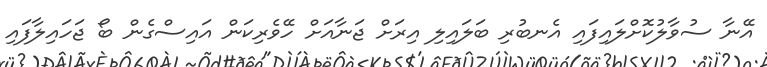
އޭނާ ސުވާލުކޮށްލައިފައި އެނބުރި ބަލައިލި އިރަށް ޖަނާއަށް ހޭވެރިކަން އައިސްގެން ބޯ ޖަހައިލާފައި